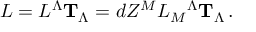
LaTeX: L = L ^ { \Lambda } { \bf T } _ { \Lambda } = d Z ^ { M } L _ { M } { } ^ { \Lambda } { \bf T } _ { \Lambda } \, .